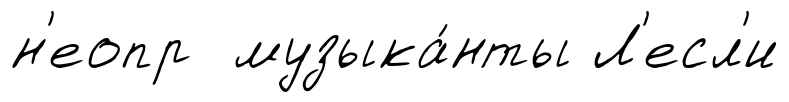
н'еопр музыка́нты Л'есл'и